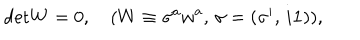
\mathrm { d e t } W = 0 , \quad ( W \equiv \sigma ^ { a } w ^ { a } , \, \sigma = ( \sigma ^ { i } , \, i { \mathbf 1 } ) ) ,